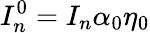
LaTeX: I_{n}^{0}=I_{n}\alpha_{0}\eta_{0}